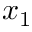
x _ { 1 }